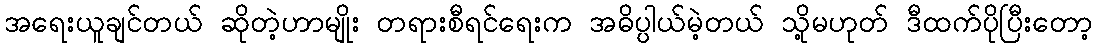
အရေးယူချင်တယ် ဆိုတဲ့ဟာမျိုး တရားစီရင်ရေးက အဓိပ္ပါယ်မဲ့တယ် သို့မဟုတ် ဒီထက်ပိုပြီးတော့